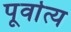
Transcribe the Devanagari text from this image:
पूर्वात्य